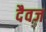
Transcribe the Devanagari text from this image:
दैवज